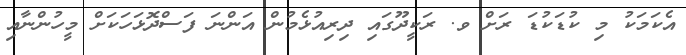
އެކަމަކު މި ކުޑަކުޑަ ރަށް ވ. ރަކީދޫގައި ދިރިއުޅެމުން އަންނަ ފަސްދޮޅަހަކަށް މީހުންނާއި